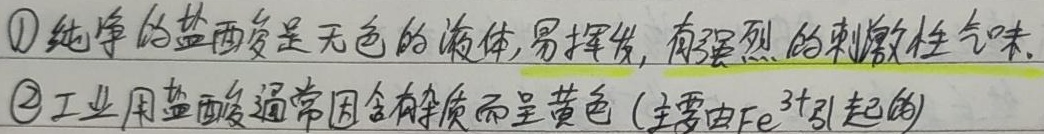
1. 纯净的盐酸是无色的液体，易挥发，有强烈的刺激性气味。
2. 工业用盐酸通常因含有杂质而呈黄色（主要由 $\ce{Fe^{3 + }}$ 引起的）